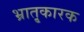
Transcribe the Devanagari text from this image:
भ्रातृ्कारक